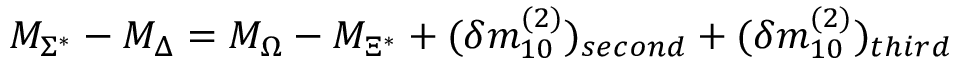
M _ { \Sigma ^ { * } } - M _ { \Delta } = M _ { \Omega } - M _ { \Xi ^ { * } } + ( \delta m _ { 1 0 } ^ { ( 2 ) } ) _ { s e c o n d } + ( \delta m _ { 1 0 } ^ { ( 2 ) } ) _ { t h i r d }